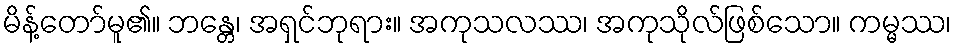
မိန့်တော်မူ၏။ ဘန္တေ၊ အရှင်ဘုရား။ အကုသလဿ၊ အကုသိုလ်ဖြစ်သော။ ကမ္မဿ၊